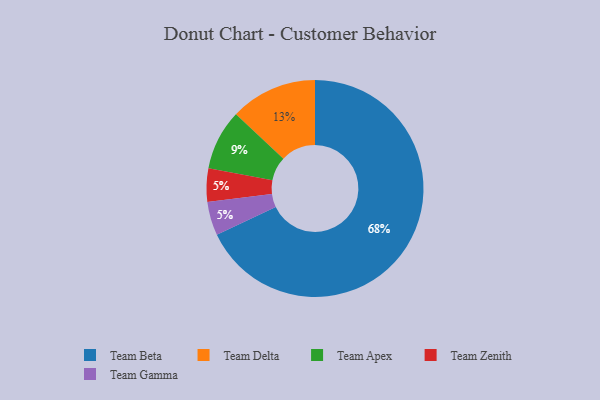
{"axis": {"x": "Category", "y": "Percentage"}, "legend": ["Team Apex", "Team Beta", "Team Delta", "Team Gamma", "Team Zenith"], "data": [{"x": "Team Apex", "y": 9, "type": "Team Apex"}, {"x": "Team Delta", "y": 13, "type": "Team Delta"}, {"x": "Team Zenith", "y": 5, "type": "Team Zenith"}, {"x": "Team Beta", "y": 68, "type": "Team Beta"}, {"x": "Team Gamma", "y": 5, "type": "Team Gamma"}]}